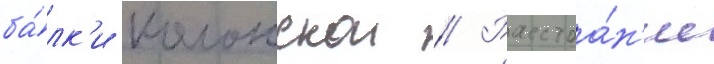
ба́лк'и колонскои // Расстоа́н'ие